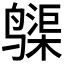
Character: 𱊨